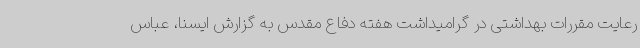
رعایت مقررات بهداشتی در گرامیداشت هفته دفاع مقدس به گزارش ایسنا، عباس